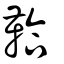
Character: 鞈